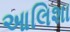
આલિશા